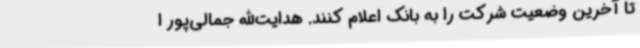
تا آخرین وضعیت شرکت را به بانک اعلام کنند. هدایت‌الله جمالی‌پور ا